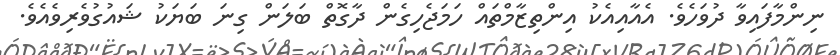
ނިންމާފައިވާ ދުވަހެވެ. އެއާއިއެކު އިންތިޒާމްތައް ހަމަޖެހިގެން ދާގޮތް ބަލަން ގިނަ ބަޔަކު ޝައުގުވެރިވެއެވެ.